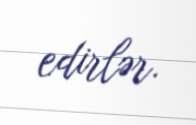
edirlər.